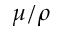
\mu / \rho